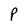
Character: P